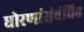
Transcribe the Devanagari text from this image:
धोरणांसंबंधित